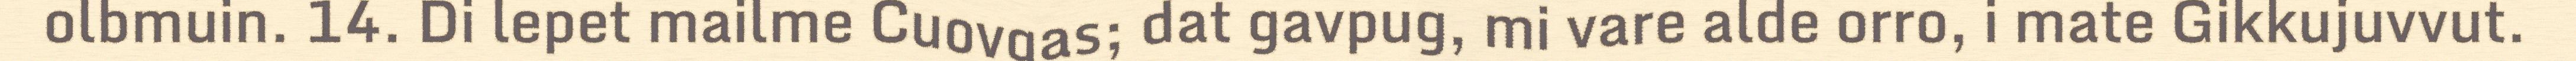
olbmuin. 14. Di lepet mailme Cuovgas; dat gavpug, mi vare alde orro, i mate Gikkujuvvut.